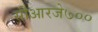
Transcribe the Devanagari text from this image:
सीआरजे७००